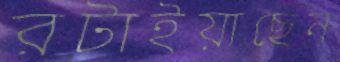
রটাইয়াছেন